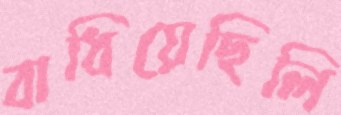
বাধিয়েছিলি